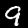
Label: 9